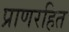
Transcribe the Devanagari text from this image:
प्राणरहित